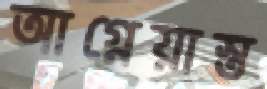
আগ্নেয়াস্ত